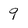
Character: 9